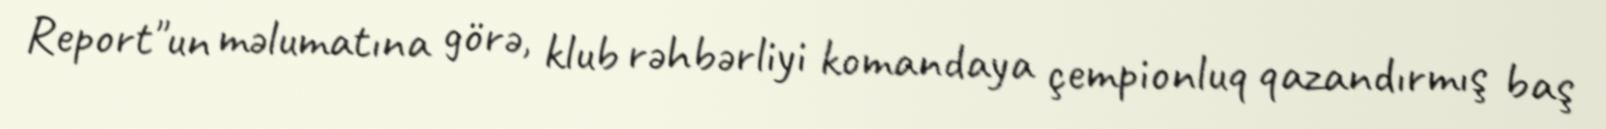
Report"un məlumatına görə, klub rəhbərliyi komandaya çempionluq qazandırmış baş